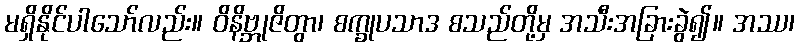
မရှိနိုင်ပါသော်လည်း။ ဝိနိဗ္ဘုဇိတွာ၊ စက္ခုပသာဒ စသည်တို့မှ အသီးအခြားခွဲ၍။ အဿ၊